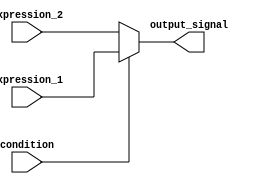
module conditional_operator (
    input wire condition,
    input wire [7:0] expression_1,
    input wire [7:0] expression_2,
    output reg [7:0] output_signal
);

always @(*)
begin
    output_signal = (condition) ? expression_1 : expression_2;
end

endmodule